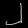
Digit: ၂